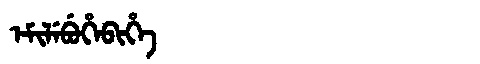
Manchu: ᡝᠮᡳᠯᡝᠪᡠᡥᡝᠪᡳᡥᡝ
Romanization: EMILEBUHEBIHE